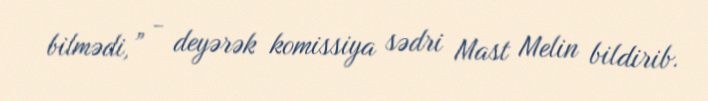
bilmədi,” - deyərək komissiya sədri Mast Melin bildirib.